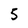
Character: 5